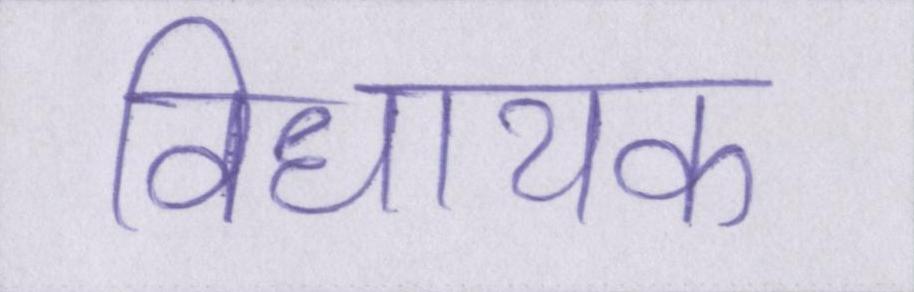
विधायक